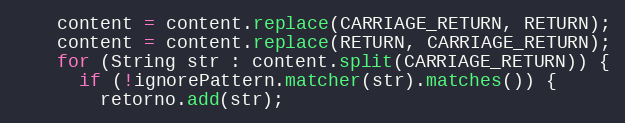
Language: Java
    content = content.replace(CARRIAGE_RETURN, RETURN);
    content = content.replace(RETURN, CARRIAGE_RETURN);
    for (String str : content.split(CARRIAGE_RETURN)) {
      if (!ignorePattern.matcher(str).matches()) {
        retorno.add(str);